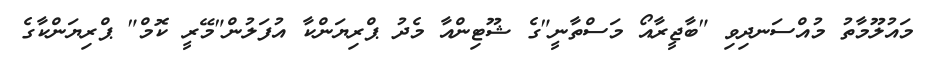
މައުލޫމާތު މުއްސަނދިވި "ބާޖީރާއޯ މަސްތާނީ"ގެ ޝޫޓިންއާ މެދު ޕްރިޔަންކާ އުފަލުން"މޭރީ ކޮމް" ޕްރިޔަންކާގެ